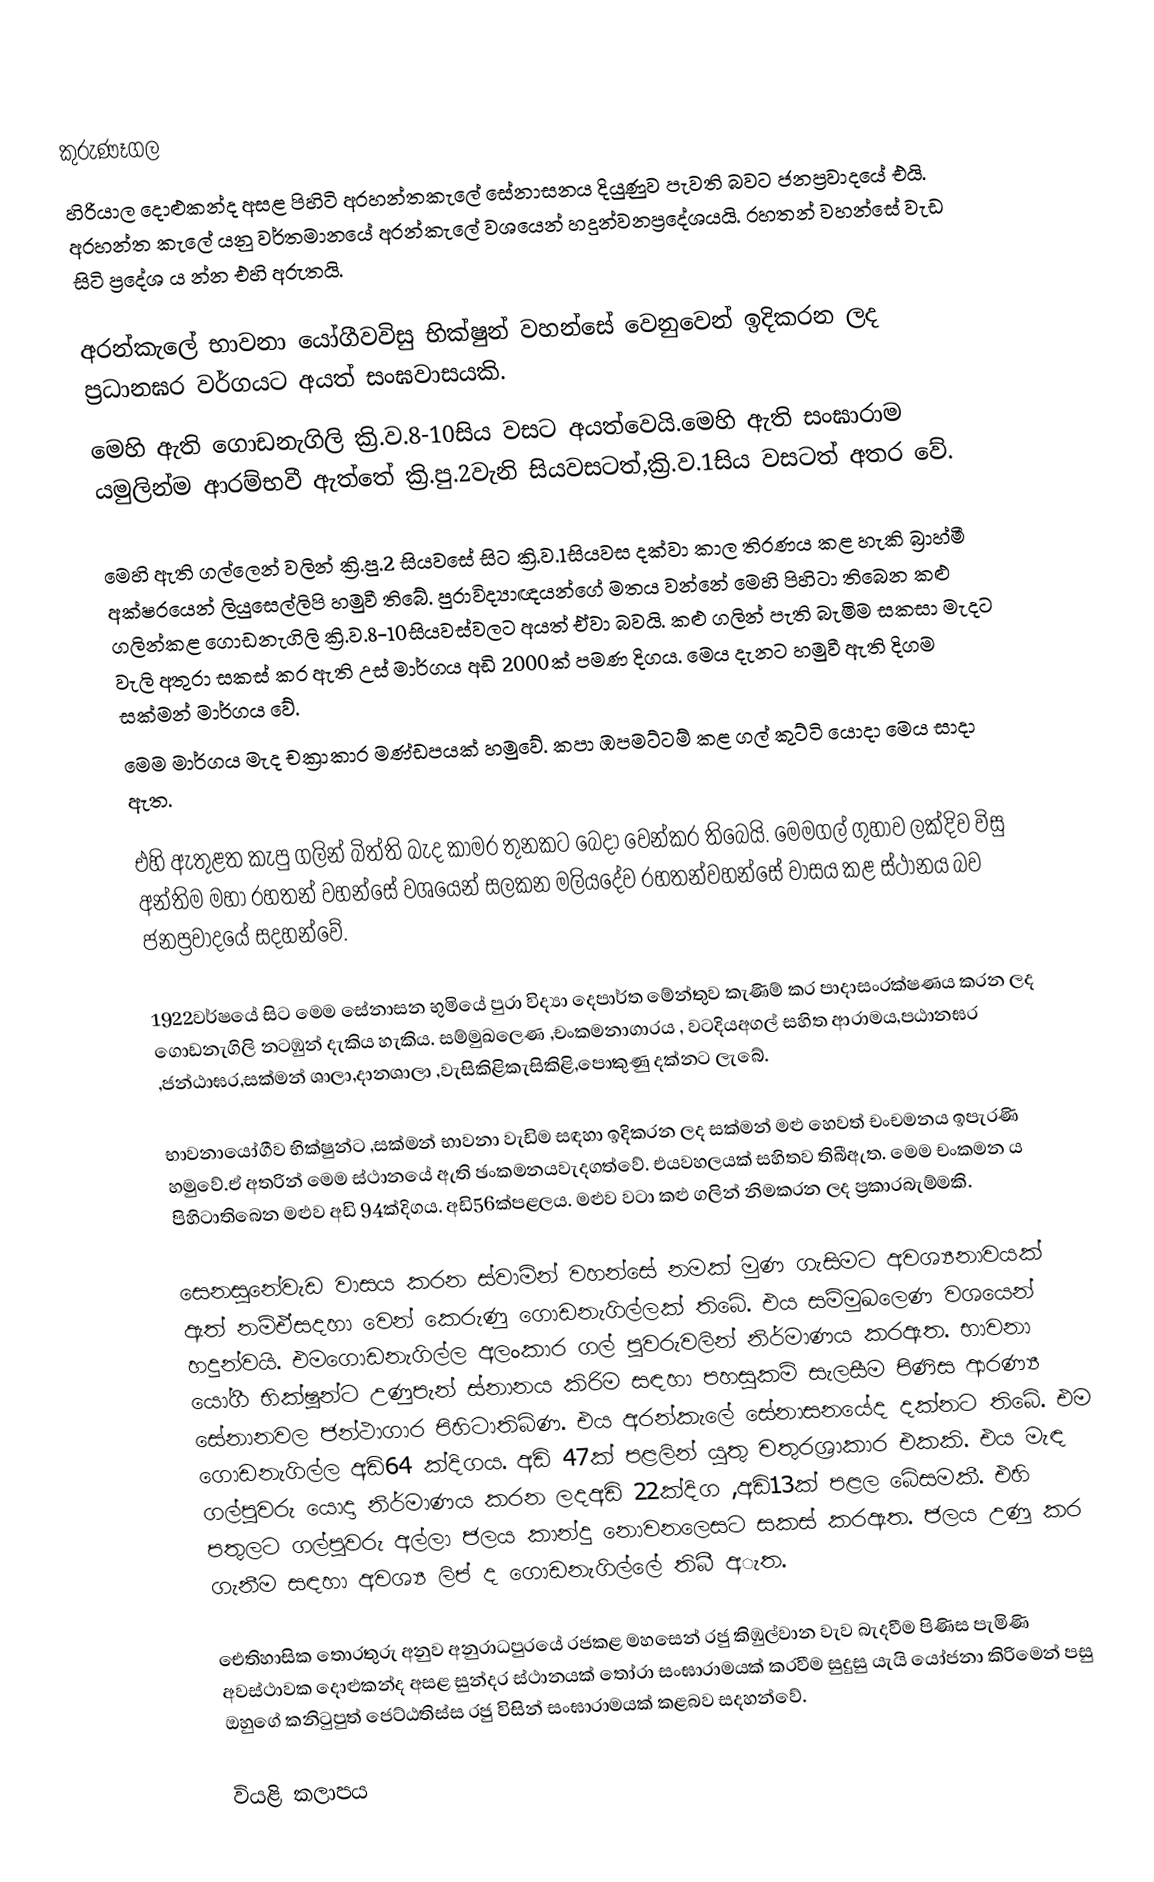
කුරුණෑගල
හිරියාල දොළුකන්ද අසළ පිහිටි අරහන්තකැලේ සේනාසනය දියුණුව පැවති බවට ජනප්‍රවාදයේ එයි. අරහන්ත කැලේ යනු වර්තමානයේ අරන්කැලේ වශයෙන් හදුන්වනප්‍රදේශයයි. රහතන් වහන්සේ වැඩ සිටි ප්‍රදේශ ය න්න එහි අරුතයි.

අරන්කැලේ භාවනා යෝගීවවිසු භික්ෂුන් වහන්සේ වෙනුවෙන් ඉදිකරන ලද ප්‍රධානඝර වර්ගයට අයත් සංඝවාසයකි.
මෙහි ඇති ගොඩනැගිලි ක්‍රි.ව.8-10සිය වසට අයත්වෙයි.මෙහි ඇති සංඝාරාම යමුලින්ම ආරම්භවී ඇත්තේ ක්‍රි.පු.2වැනි සියවසටත්,ක්‍රි.ව.1සිය වසටත් අතර වේ.

මෙහි ඇති ගල්ලෙන් වලින් ක්‍රි.පු.2 සියවසේ සිට ක්‍රි.ව.1සියවස දක්වා කාල තිරණය කළ හැකි බ්‍රාහ්මී අක්ෂරයෙන් ලියුසෙල්ලිපි හමුවී තිබේ. පුරාවිද්‍යාඥයන්ගේ මතය වන්නේ මෙහි පිහිටා තිබෙන කළු ගලින්කළ ගොඩනැගිලි ක්‍රි.ව.8-10සියවස්වලට අයත් ඒවා බවයි. කළු ගලින් පැති බැමිම සකසා මැදට වැලි අතුරා සකස් කර ඇති උස් මාර්ගය අඩි 2000ක් පමණ දිගය. මෙය දැනට හමුවී ඇති දිගම සක්මන් මාර්ගය වේ.
මෙම මාර්ගය මැද චක්‍රාකාර මණ්ඩපයක් හමුවේ. කපා ඹපමට්ටම් කළ ගල් කුට්ටි යොදා මෙය සාදා ඇත.

එහි ඇතුළත කැපු ගලින් බිත්ති බැද කාමර තුනකට බෙදා වෙන්කර තිබෙයි. මෙමගල් ගුහාව ලක්දිව විසු අන්තිම මහා රහතන් වහන්සේ වශයෙන් සලකන මලි‍යදේව රහතන්වහන්සේ වාසය කළ ස්ථානය බව ජනප්‍රවාදයේ සදහන්වේ.

1922වර්ෂයේ සිට මෙම සේනාසන භුමියේ පුරා විද්‍යා දෙපාර්ත මේන්තුව කැණිම් කර පාදාසංරක්ෂණය කරන ලද ගොඩනැගිලි නටඹුන් දැකිය හැකිය. සම්මුඛලෙණ ,චංකමනාගාරය , වටදියඅගල් සහිත ආරාමය,පඨානඝර ,ජන්ඨාඝර,සක්මන් ශාලා,දානශාලා ,වැසිකිළිකැසිකිළි,පොකුණු දක්නට ලැබේ.

භාවනායෝගීව භික්ෂුන්ට ,සක්මන් භාවනා වැඩිම සඳහා ඉදිකරන ලද සක්මන් මළු හෙවත් චංචමනය ඉපැරණි හමුවේ.ඒ අතරින් මෙම ස්ථානයේ ඇති ඡංකමනයවැදගත්වේ. එයවහලයක් සහිතව තිබීඇත. මෙම චංකමන ය පිහිටාතිබෙන මළුව අඩි 94ක්දිගය. අඩි56ක්පළලය. මළුව වටා කළු ගලින් නිමකරන ලද ප්‍රකාරබැම්මකි.

සෙනසුනේවැඩ වාසය කරන ස්වාමින් වහන්සේ නමක් මුණ ගැසිමට අවශ්‍යනාවයක් ඇත් නම්ඒසදහා වෙන් කෙරුණු ගොඩනැගිල්ලක් තිබේ. එය සම්මුඛලෙණ වශයෙන් හදුන්වයි. එමගොඩනැගිල්ල අලංකාර ගල් පුවරුවලින් නිර්මාණය කරඇත. භාවනා යෝගී භික්ෂුන්ට උණුපැන් ස්නානය කිරිම සඳහා පහසුකම් සැලසීම පිණිස ආරණ්‍ය සේනානවල ජන්ථාගාර පිහිටාතිබිණ. එය අරන්කැලේ සේනාසනයේද දක්නට තිබේ. එම ගොඩනැගිල්ල අඩි64 ක්දිගය. අඩි 47ක් පළලින් යුතු චතුරශ්‍රාකාර එකකි. එය මැඳ ගල්පුවරු යොදා නිර්මාණය කරන ලදඅඩි 22ක්දිග ,අඩි13ක් පළල බේසමකී. එහි පතුලට ගල්පුවරු අල්ලා ජලය කාන්දු නොවනලෙසට සකස් කරඇත. ජලය උණු කර ගැනීම සඳහා අවශ්‍ය ලිප් ද ගොඩනැගිල්ලේ තිබී අැත.

‍ඓතිහාසික තොරතුරු අනුව අනුරාධපුරයේ රජකළ මහසෙන් රජු කිඹුල්වාන වැව බැදවීම පිණිස පැමිණි අවස්ථාවක දොළුකන්ද අසළ සුන්දර ස්ථානයක් තෝරා සංඝාරාමයක් කරවීම සුදුසු යැයි යෝජනා කිරිමෙන් පසු ඔහුගේ කනිටුපුත් ජෙට්ඨතිස්ස රජු විසින් සංඝාරාමයක් කළබව සදහන්වේ.

වියළි කලාපය